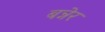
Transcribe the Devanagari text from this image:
बन्नेर